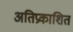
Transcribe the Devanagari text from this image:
अतिप्रकाशित